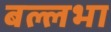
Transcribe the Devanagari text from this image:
बल्लभा